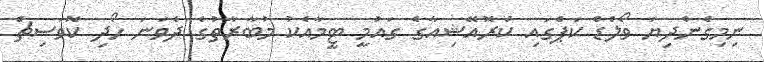
ނިމިގެންދިޔަ ވޯލްޑް ކަޕްގައި ކްރޮއޭޝިއާގެ ގައުމީ ޓީމާއެކު މުބާރާތުގެ ދެވަނަ ހޯދި ކޮވަސިޗް